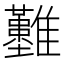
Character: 𩁣